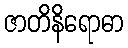
ဇာတိနိရောဓာ